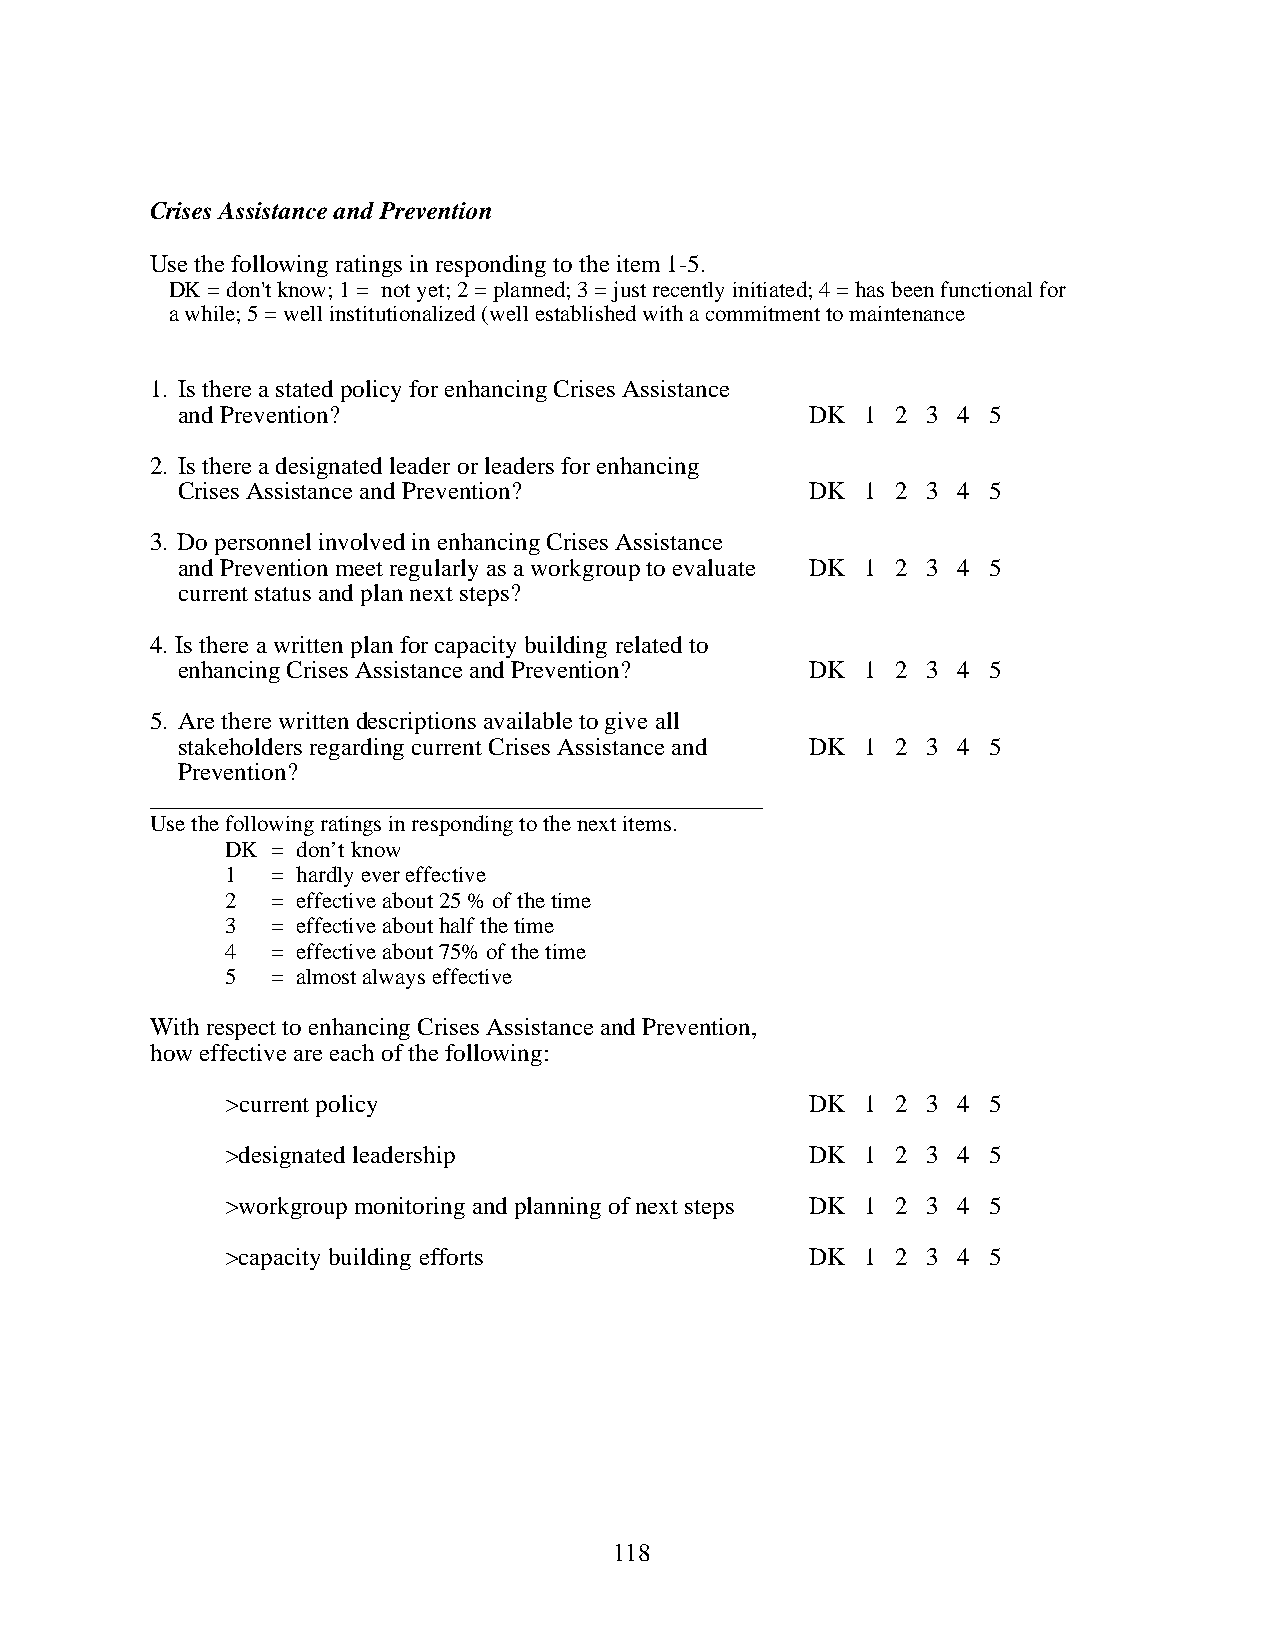
Crises Assistance and Prevention
 Use the following ratings in responding to the item 1-5.
 DK = don't know; 1 = not yet; 2 = planned; 3 = just recently initiated; 4 = has been functional for
 a while; 5 = well institutionalized (well established with a commitment to maintenance
 1. Is there a stated policy for enhancing Crises Assistance
 and Prevention?                           DK 1 2 3 4 5
 2. Is there a designated leader or leaders for enhancing
 Crises Assistance and Prevention?         DK 1 2 3 4 5
 3. Do personnel involved in enhancing Crises Assistance
 and Prevention meet regularly as a workgroup to evaluate DK 1 2 3 4 5
 current status and plan next steps?
 4. Is there a written plan for capacity building related to
 enhancing Crises Assistance and Prevention? DK 1 2 3 4 5
 5. Are there written descriptions available to give all
 stakeholders regarding current Crises Assistance and DK 1 2 3 4 5
 Prevention?
 _________________________________________________
 Use the following ratings in responding to the next items.
 DK = don’t know
 1  = hardly ever effective
 2  = effective about 25 % of the time
 3  = effective about half the time
 4  = effective about 75% of the time
 5  = almost always effective
 With respect to enhancing Crises Assistance and Prevention,
 how effective are each of the following:
 >current policy                        DK 1 2 3 4 5
 >designated leadership                 DK 1 2 3 4 5
 >workgroup monitoring and planning of next steps DK 1 2 3 4 5
 >capacity building efforts             DK 1 2 3 4 5
 118